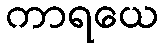
ကာရယေ